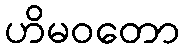
ဟိမဝတော